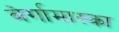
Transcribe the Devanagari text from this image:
बेर्गामास्का